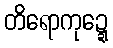
တိရောကုဍ္ဍေ